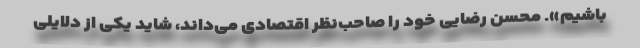
باشیم». محسن رضایی خود را صاحب‌نظر اقتصادی می‌داند، شاید یکی از دلایلی